Document type: Grant
Year: 1403
Scribe: Berenguer Pedrosell
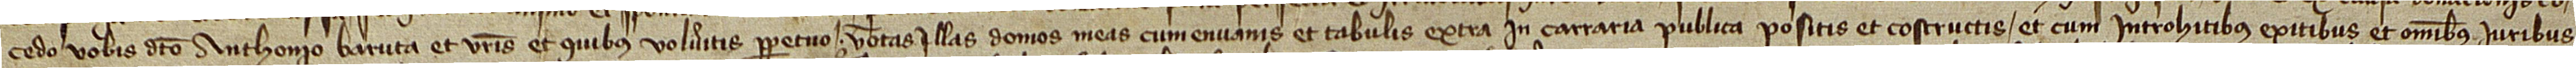
cedo vobis dicto Anthonio Baruta et vestris et quibus volueritis perpetuo totas  illas domos meas, cum envanis et tabulis extra in carraria publica positis et costructis, et cum introitibus, exitibus et omnibus iuribus